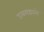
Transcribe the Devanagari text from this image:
उलगडवले